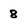
Character: 8